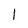
Character: l